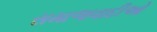
સમાજવાદીઓ